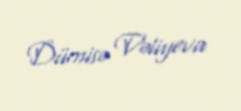
Dürnisə Vəliyeva